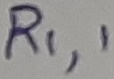
Text: R1,1